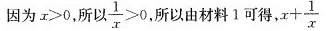
因为$$z > 0$$，所以$$\frac { 1 } { x } > 0$$ 所以由材料1可得，$$x + \frac { 1 } { x }$$